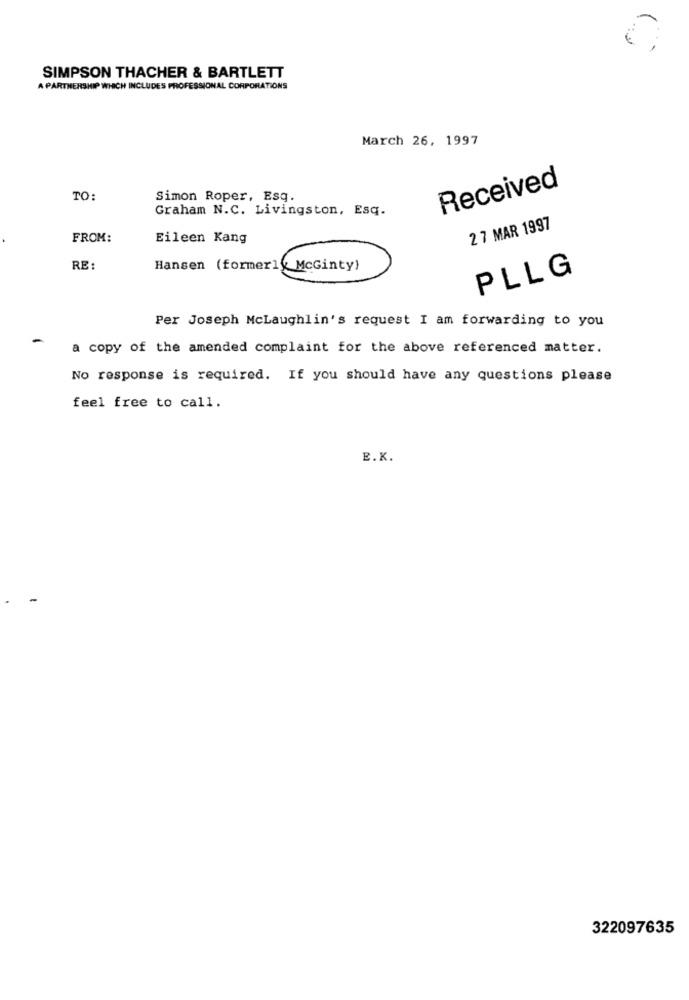
SIMPSON THACHER & BARTLETT
A PARTNERSHIP WHICH INCLUDES PROFESSIONAL CORPORATIONS
March 26, 1997
Received
TO:
Simon Roper, Esq.
Graham N.C. Livingston, Esq.
2 7 MAR 1997
FROM:
Eileen Kang
RE:
Hansen (formerly McGinty)
PLLG
Per Joseph McLaughlin's request I am forwarding to you
a copy of the amended complaint for the above referenced matter.
No response is required. If you should have any questions please
feel free to call.
E.K.
322097635